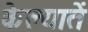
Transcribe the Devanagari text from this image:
केल्यातें